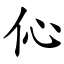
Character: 伈